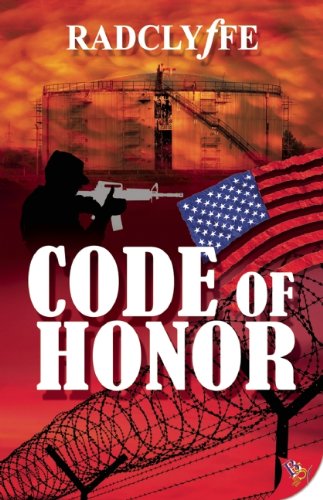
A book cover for Code of Honor; Radclyffe; Romance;